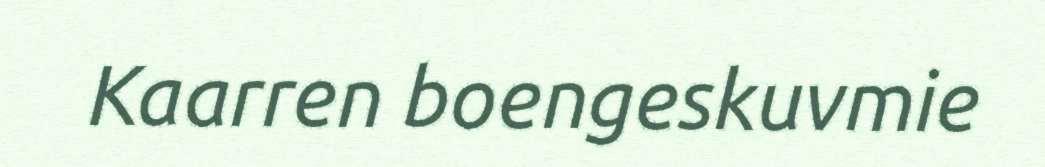
Kaarren boengeskuvmie